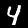
Label: 4